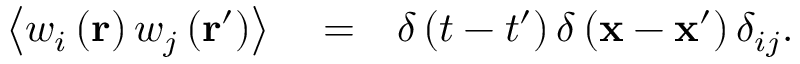
\begin{array} { r l r } { \left\langle w _ { i } \left( \mathbf { r } \right) w _ { j } \left( \mathbf { r } ^ { \prime } \right) \right\rangle } & { { } = } & { \delta \left( t - t ^ { \prime } \right) \delta \left( \mathbf { x } - \mathbf { x } ^ { \prime } \right) \delta _ { i j } . } \end{array}